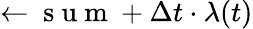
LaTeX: \gets\mathrm{~s~u~m~}+\Delta t\cdot\lambda(t)